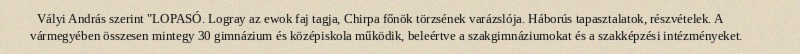
Vályi András szerint "LOPASÓ. Logray az ewok faj tagja, Chirpa főnök törzsének varázslója. Háborús tapasztalatok, részvételek. A vármegyében összesen mintegy 30 gimnázium és középiskola működik, beleértve a szakgimnáziumokat és a szakképzési intézményeket.